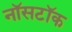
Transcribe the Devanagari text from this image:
नॉसटॉक